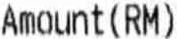
AMOUNT(RM)